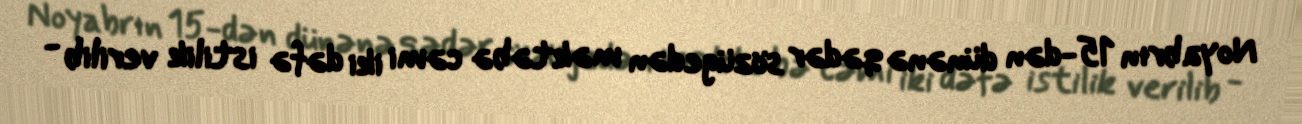
Noyabrın 15-dən dünənə qədər sözügedən məktəbə cəmi iki dəfə istilik verilib -